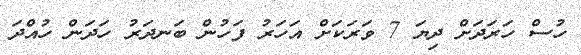
ހުސް ހަރަދަށް ދިޔަ 7 ވަރަކަށް އަހަރު ފަހުން ބަނދަރު ހަދަން ހުއްދަ